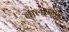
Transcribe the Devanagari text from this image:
बालसमुद्र